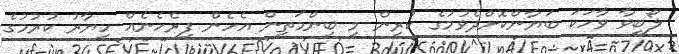
ލޯބިވާ ވާހަކަ ބަޔާންކޮށްދެވުމުގެ ކުރިން މި ބިންމަތިން އެހެން ފިރެހެނެއް ހިޔާރު ކުރުމުގެ